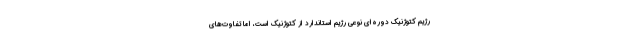
رژیم کتوژنیک دوره‌ای نوعی رژیم استاندارد از کتوژنیک است، اما تفاوت‌های